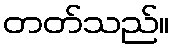
တတ်သည်။